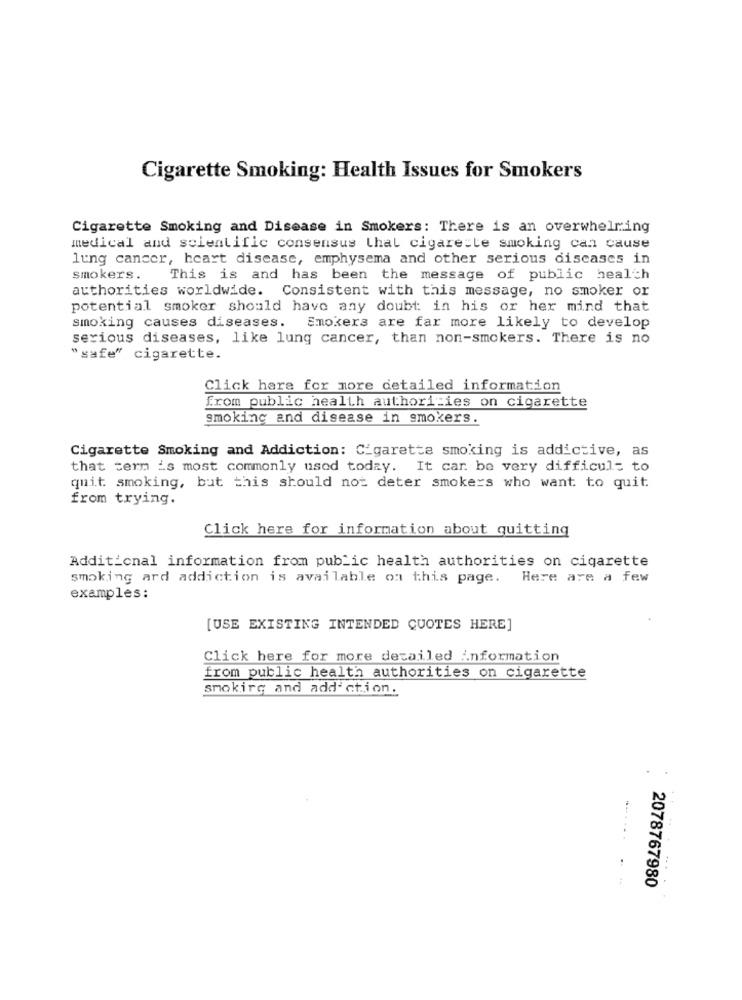
Cigarette Smoking: Health Issues for Smokers
Cigarette Smoking and Disease in Smokers: There is an overwhelming
medical and scientific consensus that cigarette smoking can cause
lung cancer, heart disease, emphysema and other serious discases in
smokers.
This is and has been the message of public health
authorities worldwide. Consistent with this message, no smoker or
potential smoker should have any doubt in his or her mind that
smoking causes diseases.
Smokers are far more likely to develop
serious diseases, like lung cancer, than non-smokers. There is no
"safe" cigarette.
Click here for more detailed information
from public health authorities on cigarette
smoking and disease in smokers.
Cigarette Smoking and Addiction: Cigarette smoking is addictive, as
that term is most commonly used today. It car. be very difficult to
quit smoking, but this should not deter smokers who want to quit
from trying.
Click here for information about quitting
Additional information from public health authorities on cigarette
smoking ard addiction is available on this page. Here are a few
examples:
[USE EXISTING INTENDED QUOTES HERE]
Click here for more detailed information
from public health authorities on cigarette
smoking and addiction.
2078767980